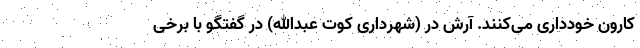
کارون خودداری می‌کنند. آرش دُر (شهرداری کوت عبدالله) در گفتگو با برخی